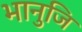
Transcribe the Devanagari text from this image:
भानुजि